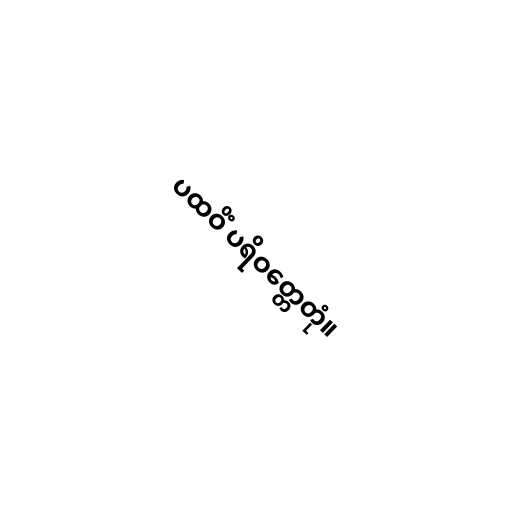
ပထဝိံ ပရိဝတ္တေတုံ။